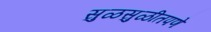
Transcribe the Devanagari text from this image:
सुळसुळीतपणे